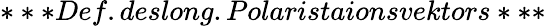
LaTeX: ***Def.deslong.Polaristaionsvektors***